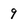
Character: 9